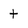
Character: t